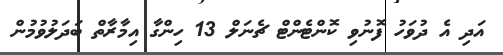
އަދި އެ ދުވަހު ފޮނުވި ކޮންޓެންޓް ޗެނަލް 13 ހިންގާ އިމާރާތް ބަދަލުވުމުން